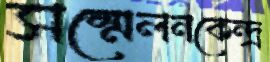
সম্মেলনকেন্দ্র